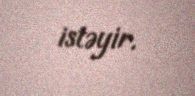
istəyir.